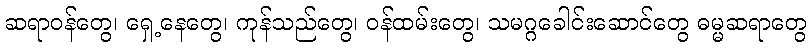
ဆရာဝန်တွေ၊ ရှေ့နေတွေ၊ ကုန်သည်တွေ၊ ဝန်ထမ်းတွေ၊ သမဂ္ဂခေါင်းဆောင်တွေ ဓမ္မဆရာတွေ